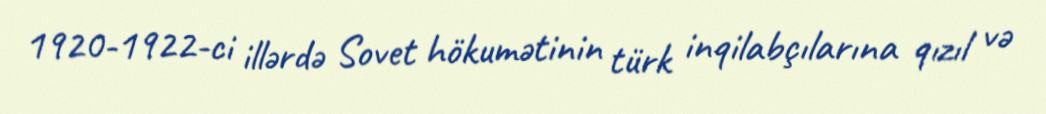
1920-1922-ci illərdə Sovet hökumətinin türk inqilabçılarına qızıl və